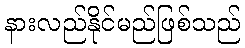
နားလည်နိုင်မည်ဖြစ်သည်